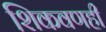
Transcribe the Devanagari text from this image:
शिकवणही